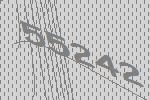
55242